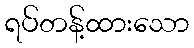
ရပ်တန့်ထားသော